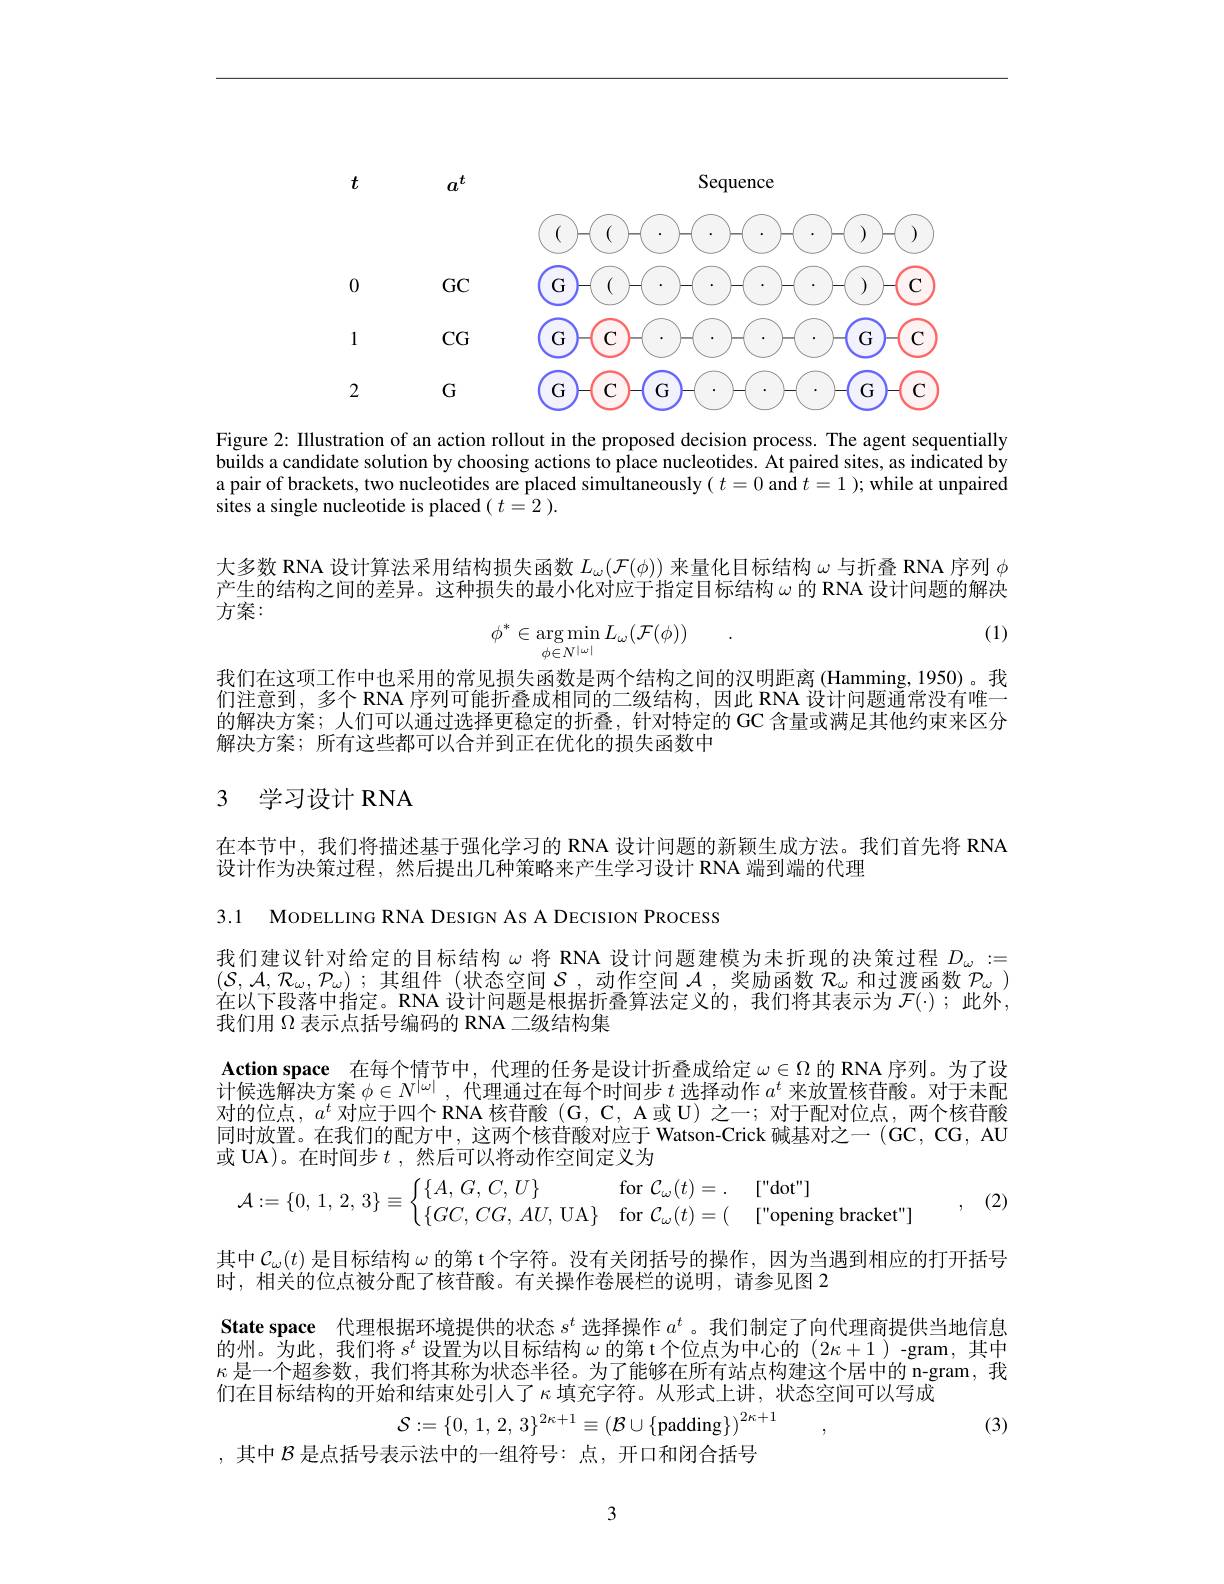
<FigureHere>

Figure 2: Illustration of an action rollout in the proposed decision process. The agent sequentially builds a candidate solution by choosing actions to place nucleotides. At paired sites, as indicated by a pair of brackets, two nucleotides are placed simultaneously $(t=0$ and $t=1);$ while at unpaired sites a single nucleotide is placed $(t=2).$

大多数 RNA 设计算法采用结构损失函数$L_\omega(\mathcal{F}(\phi))$来量化目标结构$\omega$与折叠 RNA 序列$\phi$ 产生的结构之间的差异。这种损失的最小化对应于指定目标结构$\omega$ 的 RNA 设计问题的解决方案：

(1)
$$\phi^{*}\in\arg\min_{\phi\in N^{|\omega|}}L_{\omega}(\mathcal{F}(\phi))\quad.$$
我们在这项工作中也采用的常见损失函数是两个结构之间的汉明距离(Hamming,1950)。我们注意到，多个 RNA 序列可能折叠成相同的二级结构，因此 RNA 设计问题通常没有唯一的解决方案；人们可以通过选择更稳定的折叠，针对特定的 GC 含量或满足其他约束来区分解决方案；所有这些都可以合并到正在优化的损失函数中

## 3 学习设计 RNA

在本节中，我们将描述基于强化学习的 RNA 设计问题的新颖生成方法。我们首先将 RNA
设计作为决策过程，然后提出几种策略来产生学习设计 RNA 端到端的代理

3.1 MODELLING RNA DESIGN AS A DECISION PROCESS

我们建议针对给定的目标结构$\omega$将 RNA 设计问题建模为未折现的决策过程 $D_\omega:=$ $( \mathcal{S} , \mathcal{A} , \mathcal{R} _{\omega }, \mathcal{P} _{\omega })$ ; 其 组 件 ( 状 态 空 间 $\mathcal{S} $,动 作 空 间 $\mathcal{A} $, 奖 励 函 数 $\mathcal{R} _{\omega }$ 和 过 渡 函 数 $\mathcal{P} _{\omega })$ 大 州 于 四 世 中 世 纪 $\rightarrow \mathbf{D} \mathcal{H} _{\omega }$ , 对 计 问 题 目 曲 也 也 不 否 符 冲 定 义 $\mathcal{H} _{\omega }$ 和 过 波 函 数 $\mathcal{P} _{\omega }$ 和 过 渡 函 数 $\mathcal{P} _{\omega })$ 在以下段落中指定。RNA 设计问题是根据折叠算法定义的，我们将其表示为$\mathcal{F}(\cdot)$ ;此外， 我们用$\Omega$表示点括号编码的 RNA 二级结构集

Action space 在每个情节中，代理的任务是设计折叠成给定$\omega\in\Omega$的 RNA 序列。为了设计候选解决方案$\phi\in N^{|\omega|}$,代理通过在每个时间步$t$选择动作$a^t$来放置核苷酸。对于未配对的位点，$a^t$对应于四个 RNA 核苷酸(G, C, A或 U) 之一；对于配对位点，两个核苷酸同时放置。在我们的配方中，这两个核苷酸对应于 Watson-Crick 碱基对之一 (GC, CG, AU 或 UA)。在时间步$t$ ,然后可以将动作空间定义为
$$\mathcal{A}:=\{0,\:1,\:2,\:3\}\equiv\left\{\begin{matrix}\{A,\:G,\:C,\:U\}&\mathrm{for~}\mathcal{C}_\omega(t)=.&["\text{dot"}]\\\{GC,\:CG,\:AU,\:\text{UA}\}&\mathrm{for~}\mathcal{C}_\omega(t)=(&["\text{opening bracket"}]\end{matrix}\right.,$$
其中$\mathcal{C}_\omega(t)$是目标结构$\omega$的第 t 个字符。没有关闭括号的操作，因为当遇到相应的打开括号
时，相关的位点被分配了核苷酸。有关操作卷展栏的说明，请参见图 2
State space 代理根据环境提供的状态$s^t$选择操作$a^t$ 。我们制定了向代理商提供当地信息的州。为此，我们将$s^t$设置为以目标结构$\omega$的第 t个位点为中心的 (2$\kappa+1$ )-gram,其中$\kappa$是一个超参数，我们将其称为状态半径。为了能够在所有站点构建这个居中的 n-gram, 我们在目标结构的开始和结束处引人了$\kappa$ 填充字符。从形式上讲，状态空间可以写成
$$\mathcal{S}:=\{0,\:1,\:2,\:3\}^{2\kappa+1}\equiv\left(\mathcal{B}\cup\{\mathrm{padding}\}\right)^{2\kappa+1}$$
(3)

,其中$\mathcal{B}$是点括号表示法中的一组符号：点，开口和闭合括号

3